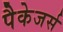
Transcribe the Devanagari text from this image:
पैकेजर्स